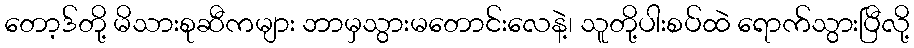
တော့ဒ်တို့ မိသားစုဆီကများ ဘာမှသွားမတောင်းလေနဲ့၊ သူတို့ပါးစပ်ထဲ ရောက်သွားပြီလို့